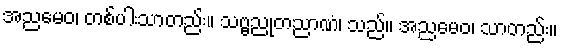
အညမေဝ၊ တစ်ပါးသာတည်း။ သဗ္ဗညုတညာဏံ၊ သည်။ အညမေဝ၊ သာတည်း။